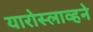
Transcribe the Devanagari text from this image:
यारोस्लाव्हने